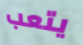
يتعب